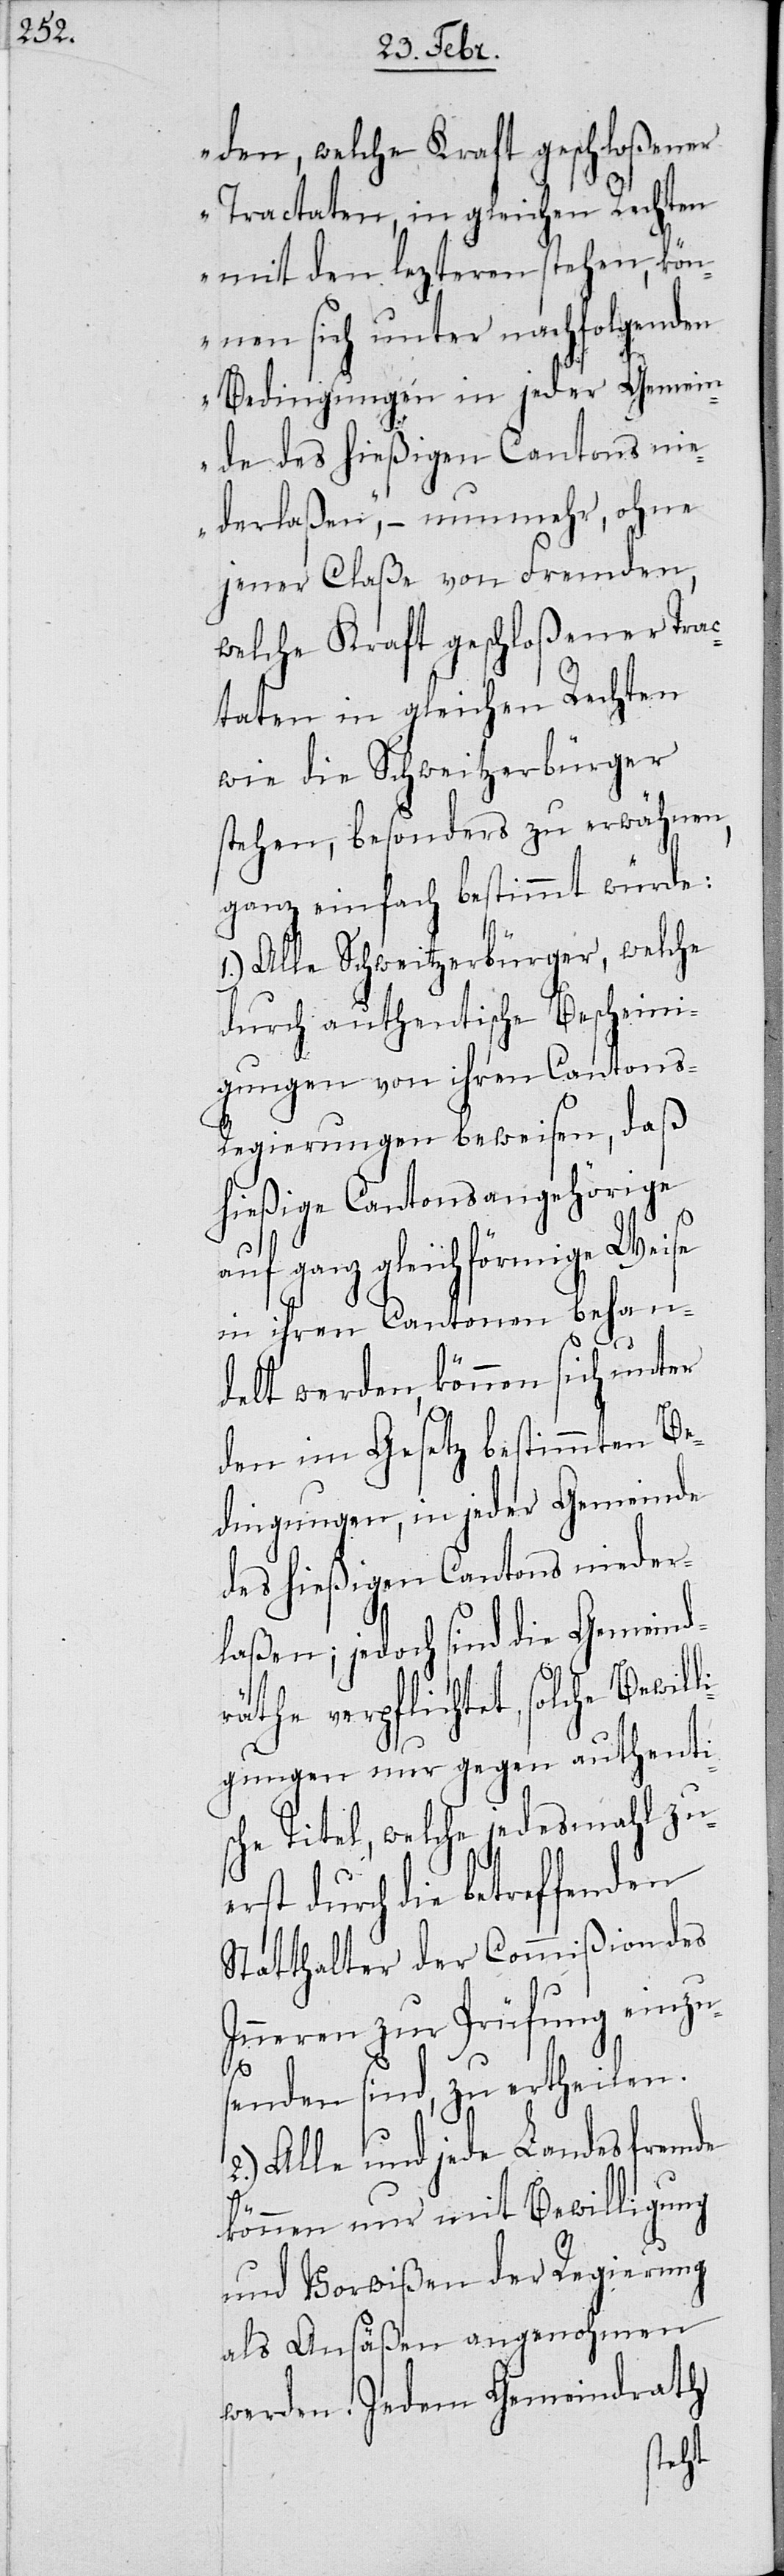
mit den lezteren stehen, kön¬
nen sich unter nachfolgenden
Bedingungen in jeder Gemein¬
de des hießigen Cantons nie¬
derlaßen“, – nunmehr ohne
jener Claße von Fremden,
welche Kraft geschloßener Trac¬
tate in gleichen Rechten
wie die Schweitzerbürger
stehen, besonders zu erwähnen,
ganz einfach bestimmt würde:
Alle Schweitzerbürger, welche
durch authentische Bescheini¬
gungen von ihren Cantons-R¬
egierungen beweisen, daß
hießige Cantonsangehörige
auf ganz gleichförmige Weise
in ihren Cantonen behan¬
delt werden, können sich unter
den im Gesetz bestimmten Be¬
dingungen, in jeder Gemeinde
des hießigen Cantons nieder¬
laßen; jedoch sind die Gemeind¬
räthe verpflichtet, solche Bewil¬
gungen nur gegen authentis¬
che Titel, welche jedesmahl zu¬
erst durch die betreffenden
Statthalter der Commißion des
lligung
Inneren zur Prüfung
Gemein¬
senden sind, zu erthe¬
de
2.) Alle und jede Land¬
können nur mit Bewi¬
und Vorwißen der Regierung
als Ansäßen angenohmen
drath
werden. Jedem